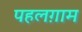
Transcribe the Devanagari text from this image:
पहलग़ाम